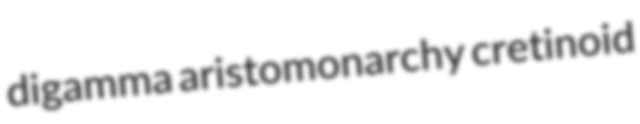
digamma aristomonarchy cretinoid